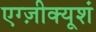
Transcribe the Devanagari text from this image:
एग्ज़ीक्यूशं